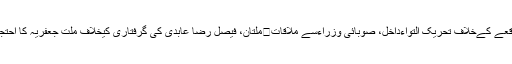
More in this category: « ملتان، فیصل رضا عابدی کی گرفتاری کیخلاف ملت جعفریہ کا احتجاجی مظاہرہ، فوری رہا کرنیکا مطالبہ	ایم ڈبلیوایم رہنمازہرانقوی کی جانب سےپنجاب اسمبلی میں بہاولنگرواقعے کےخلاف تحریک التواءداخل، صوبائی وزراءسے ملاقات »